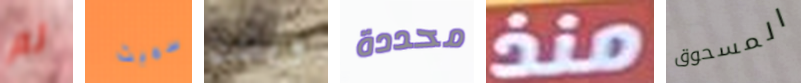
لم سميث ويلدن محددة منذ المسحوق